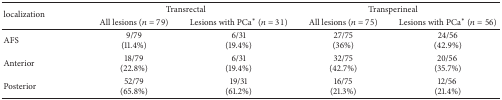
| <ROWSPAN=2> localization | <COLSPAN=2> Transrectal | <COLSPAN=2> Transperineal |
 | All lesions (n = 79) | Lesions with PCa∗ (n = 31) | All lesions (n = 75) | Lesions with PCa∗ (n = 56) |
 | --- | --- | --- | --- | --- |
 | AFS | 9/79(11.4%) | 6/31(19.4%) | 27/75(36%) | 24/56(42.9%) |
 | Anterior | 18/79(22.8%) | 6/31(19.4%) | 32/75(42.7%) | 20/56 (35.7%) |
 | Posterior | 52/79(65.8%) | 19/31(61.2%) | 16/75(21.3%) | 12/56 (21.4%) |